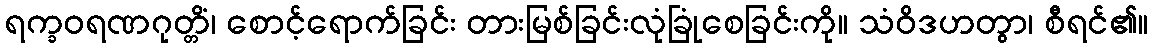
ရက္ခဝရဏဂုတ္တိံ၊ စောင့်ရောက်ခြင်း တားမြစ်ခြင်းလုံခြုံစေခြင်းကို။ သံဝိဒဟတွာ၊ စီရင်၏။